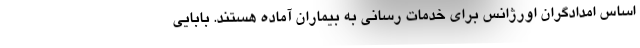
اساس امدادگران اورژانس برای خدمات رسانی به بیماران آماده هستند. بابایی